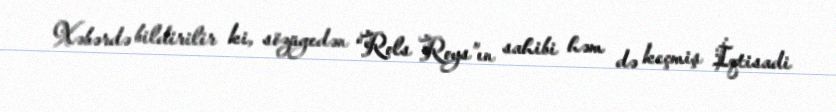
Xəbərdə bildirilir ki, sözügedən “Rols Roys”ın sahibi həm də keçmiş İqtisadi